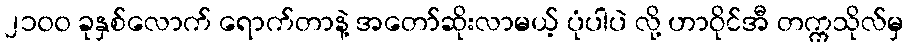
၂၁၀၀ ခုနှစ်လောက် ရောက်တာနဲ့ အတော်ဆိုးလာမယ့် ပုံပါပဲ လို့ ဟာဝိုင်အီ တက္ကသိုလ်မှ